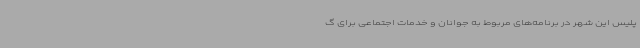
پلیس این شهر در برنامه‌های مربوط به جوانان و خدمات اجتماعی برای گ